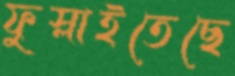
ফুস্‌লাইতেছে